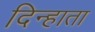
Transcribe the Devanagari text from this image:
दिन्हाता